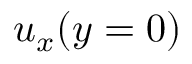
u _ { x } ( y = 0 )